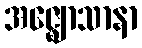
အဇ္ဈောသာနာ